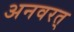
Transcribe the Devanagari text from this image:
अनवरत्